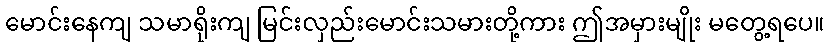
မောင်းနေကျ သမာရိုးကျ မြင်းလှည်းမောင်းသမားတို့ကား ဤအမှားမျိုး မတွေ့ရပေ။